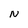
Character: N